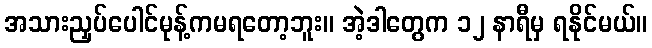
အသားညှပ်ပေါင်မုန့်ကမရတော့ဘူး။ အဲ့ဒါတွေက ၁၂ နာရီမှ ရနိုင်မယ်။